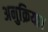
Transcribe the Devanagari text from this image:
अनुक्रिया।